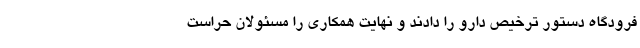
فرودگاه دستور ترخیص دارو را دادند و نهایت همکاری را مسئولان حراست